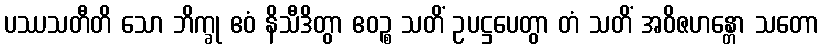
ပဿသတီတိ သော ဘိက္ခု ဧဝံ နိသီဒိတွာ ဧဝဉ္စ သတိံ ဥပဋ္ဌပေတွာ တံ သတိံ အဝိဇဟန္တော သတော